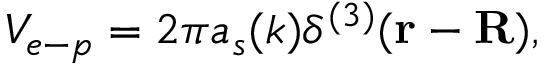
V _ { e - p } = 2 \pi a _ { s } ( k ) \delta ^ { ( 3 ) } ( \mathbf { r } - \mathbf { R } ) ,